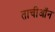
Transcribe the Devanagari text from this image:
ताचीऑन